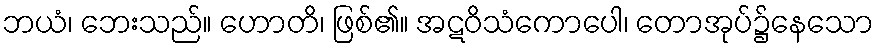
ဘယံ၊ ဘေးသည်။ ဟောတိ၊ ဖြစ်၏။ အဋဝိသံကောပေါ၊ တောအုပ်၌နေသော